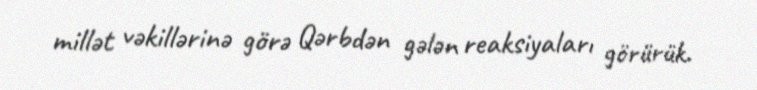
millət vəkillərinə görə Qərbdən gələn reaksiyaları görürük.